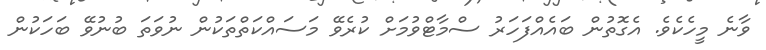
ވާނެ މީހެކެވެ. އެގޮތުން ބައެއްފަހަރު ސްމާޓްވުމަށް ކުރެވޭ މަސައްކަތްތަކުން ނުވަތަ ބުނުވޭ ބަހަކުން